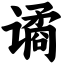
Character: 谲